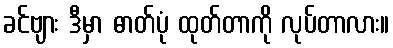
ခင်ဗျား ဒီမှာ ဓာတ်ပုံ ထုတ်တာကို လုပ်တာလား။